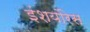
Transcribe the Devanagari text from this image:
इंशयोंरेस